Scottish Leaving Certificate Examination, 1955
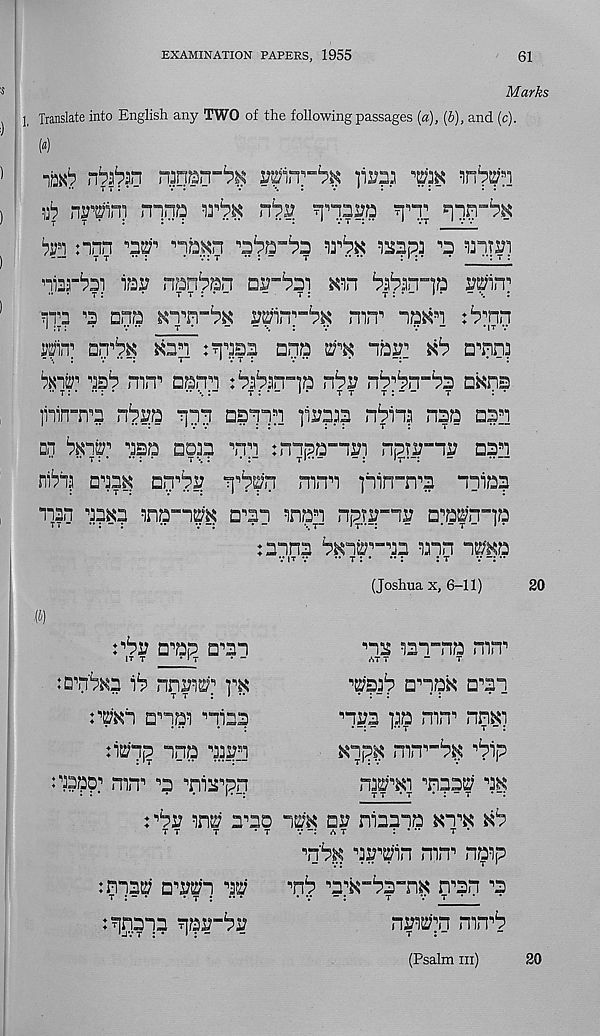
EXAMINATION PAPERS, 1955
61
Marks
1, Translate into English any TWO of the following passages [a), (b), and (c).
(a)
^ nr^ini mna
?j ,, "!sra
‘an nnn ^2;■ , nb^n
mpa ^ mm
iai? nanban asa-bai mn bab-nna OTin 1
... T .
.
t t : * ~
-
t :
t : • - » •
- \ :
na ^ ana
ymrmbx mn n aa«a :^nn
I IT ;
.
v ..
T •
- - \ :
7
7 -
’IT 7
mT
Kb*]
apa e;*k na^ Kb a*nn]
asb mn* aana :bab-in"]a nbi? nb*bn"bb dkts
inin-n^n nbs?a r\m
lisam nbina naa aa]i
Dn Ikis; 1 asa son *na imaa-ali npTS?"ni? aaa
nibi? oabK □D ,, bi: fi^b^n mna ]bin“n*a aaia?
nan a^K? ma-ap a^aa maa apt^-ab a^^a-ja
taans bKaa*-aa aan ae?Ka
:*bi? □•’ap D*aa
(Joshua x, 6-11)
*a^ isa-aa mn*
<ST 7
“
T
*E;'3jb a^aaK a*?a
•’ara ]3a mm nnK]
Ka,p^ mn*"bK 'bip
m2;' ,, KT maaa; aK
7 7 *7 • : - 7 •
:*bi? na; mao as^'K aa niaaaa Ka*K Kb
7 7
7
*7
7
A 7
: * ”
7 *
*n'b.K aa*ain mn* naip
:mw
a^
mb *a*K"ba”nK man *a
7 : - •
• 7 ; •• •
*7 ~:
7
7 7 • •
t^naaa ?jas?“b];
nr^na mn*b
(Psalm m)
iDnbKb ib nni?w] ]*k
:^Ka amai miaa
:iK;n f p ana w?i
:aapp] mn* *2 *ni2*pn
20
20